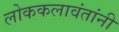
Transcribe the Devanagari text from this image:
लोककलावंतांनी